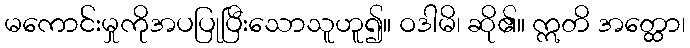
မကောင်းမှုကိုအပပြုပြီးသောသူဟူ၍။ ဝဒါမိ၊ ဆို၏။ ဣတိ အတ္ထော၊